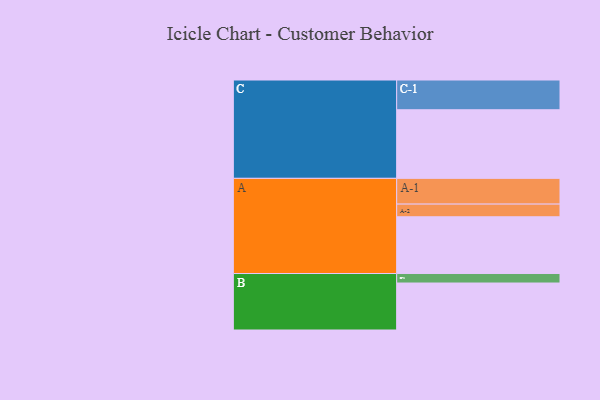
{"axis": {"x": "Segment", "y": "Value"}, "legend": ["", "A", "B", "C"], "data": [{"x": "A", "y": 412, "type": ""}, {"x": "B", "y": 341, "type": ""}, {"x": "C", "y": 498, "type": ""}, {"x": "A-1", "y": 187, "type": "A"}, {"x": "A-2", "y": 92, "type": "A"}, {"x": "B-1", "y": 69, "type": "B"}, {"x": "C-1", "y": 216, "type": "C"}]}